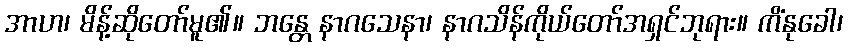
အာဟ၊ မိန့်ဆိုတော်မူ၏။ ဘန္တေ နာဂသေနာ၊ နာဂသိန်ကိုယ်တော်အရှင်ဘုရား။ ကိံနုခေါ၊